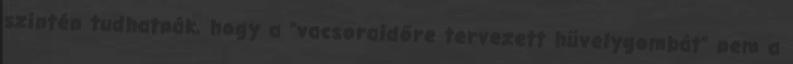
szintén tudhatnák, hogy a "vacsoraidőre tervezett hüvelygombát" nem a